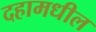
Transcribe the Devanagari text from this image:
दहामधील